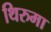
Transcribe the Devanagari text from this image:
थिरुमा